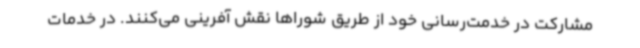
مشارکت در خدمت‌رسانی خود از طریق شوراها نقش آفرینی می‌کنند. در خدمات